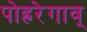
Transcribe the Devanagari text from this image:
पोह्ररेगाव्